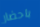
باحضار